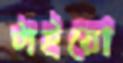
টাইয়ো